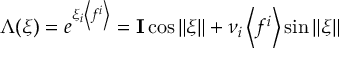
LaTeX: \Lambda ( \xi ) = \textstyle { e ^ { \xi _ { i } \left< f ^ { i } \right> } = { \bf I } \cos \| \xi \| + \nu _ { i } \left< f ^ { i } \right> } \sin \| \xi \|